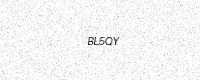
Text: BL5QY